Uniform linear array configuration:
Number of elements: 32
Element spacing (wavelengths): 0.25
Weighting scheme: exponential
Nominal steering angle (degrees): -30
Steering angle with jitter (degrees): -30.81
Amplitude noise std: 0.05
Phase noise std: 0.05

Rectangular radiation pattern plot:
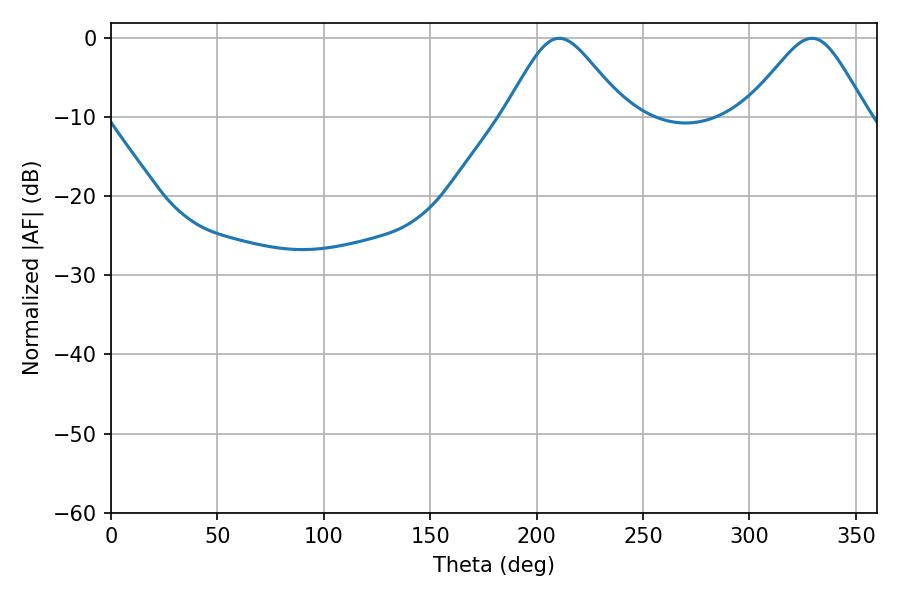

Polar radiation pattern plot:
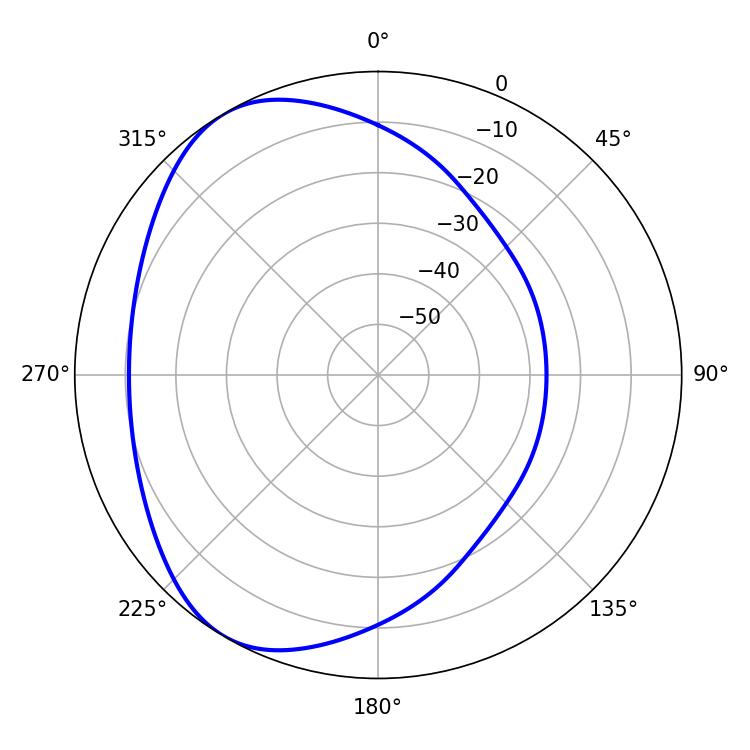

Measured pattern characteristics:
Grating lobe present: FALSE
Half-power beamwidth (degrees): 27.72
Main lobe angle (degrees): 210.6